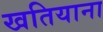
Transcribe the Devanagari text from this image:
खतियाना